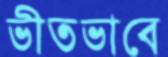
ভীতভাবে